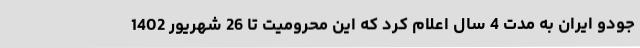
جودو ایران به مدت 4 سال اعلام کرد که این محرومیت تا 26 شهریور 1402